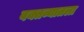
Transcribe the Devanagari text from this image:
वक्तव्यातला